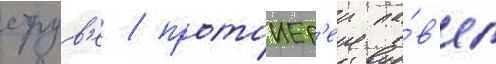
струв'е / протоиер'еи па́в'ел